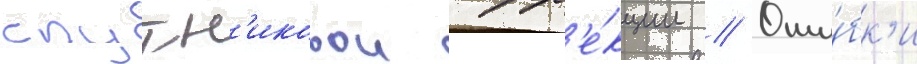
спутн'иковои корр'е́кции // Оши́бк'и